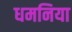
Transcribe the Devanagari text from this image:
धमनिया